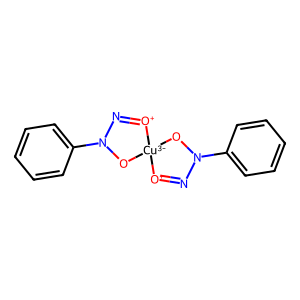
SMILES: c1ccc(N2N=[O+][Cu-3]3(O2)ON(c2ccccc2)N=[O+]3)cc1
Inhibits HIV replication: No